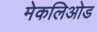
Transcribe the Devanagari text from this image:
मेकलिओड